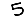
Digit: 5